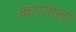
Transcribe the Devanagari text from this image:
करायाला